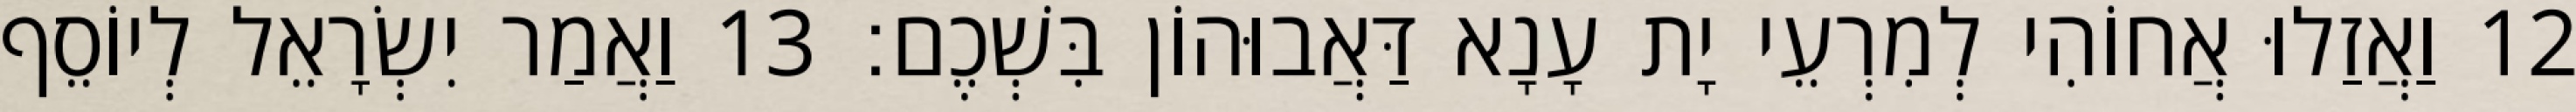
12 וַאֲזַלוּ אֲחוֹהִי לְמִרְעֵי יָת עָנָא דַּאֲבוּהוֹן בִּשְׁכֶם׃ 13 וַאֲמַר יִשְׂרָאֵל לְיוֹסֵף